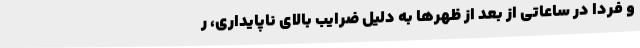
و فردا در ساعاتی از بعد از ظهرها به دلیل ضرایب بالای ناپایداری، ر